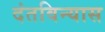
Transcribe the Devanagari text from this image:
दंतविन्यास